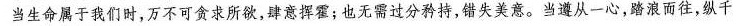
当生命属于我们时，万不可贪求所欲，肆意挥霍；也无需过分矜持，错失美意。当遵从一心，踏浪而往，纵千